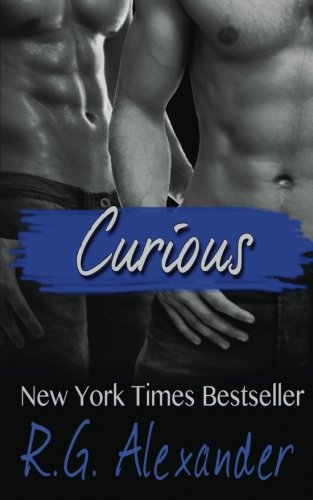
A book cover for Curious (The Finn Factor) (Volume 1); R.G. Alexander; Romance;